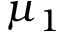
\mu _ { 1 }